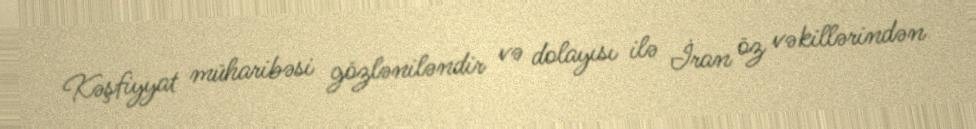
Kəşfiyyat müharibəsi gözləniləndir və dolayısı ilə İran öz vəkillərindən